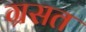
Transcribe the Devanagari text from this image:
ग्रसत